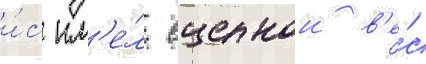
и́с им'е́л сцепнои в'е́с